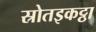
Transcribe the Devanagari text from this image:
स्रोतइकट्ठा